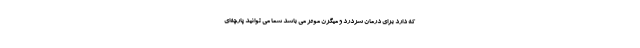
که دارد برای درمان سردرد و میگرن موثر می باشد شما می توانید پارچه‌ای